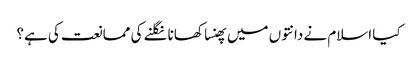
کیا اسلام نے دانتوں میں پھنسا کھانا نگلنے کی ممانعت کی ہے؟